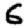
Digit: 6